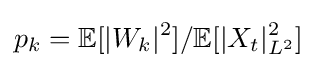
p_{k}=\mathbb {E} [|W_{k}|^{2}]/\mathbb {E} [|X_{t}|_{L^{2}}^{2}]